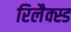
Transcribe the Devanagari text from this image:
रिलैक्स्ड